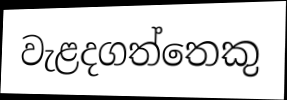
වැළදගත්තෙකු